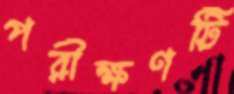
পরীক্ষণটি